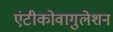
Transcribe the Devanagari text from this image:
एंटीकोवागुलेशन